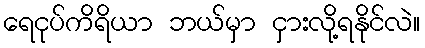
ရေငုပ်ကိရိယာ ဘယ်မှာ ငှားလို့ရနိုင်လဲ။